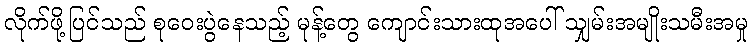
လိုက်ဖို့ပြင်သည် စုဝေးပွဲနေသည့် မုန့်တွေ ကျောင်းသားထုအပေါ် သျှမ်းအမျိုးသမီးအမှု